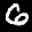
Label: 6